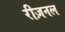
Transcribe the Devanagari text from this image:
रीज़नल